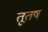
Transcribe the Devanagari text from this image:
तूतष